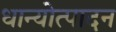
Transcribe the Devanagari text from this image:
धान्योत्पादन